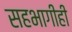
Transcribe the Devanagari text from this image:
सहभागीही